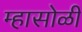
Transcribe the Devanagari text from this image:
म्हासोळी